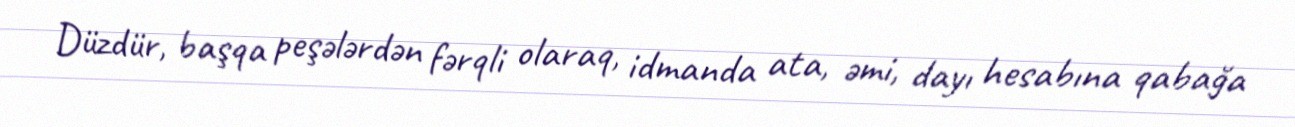
Düzdür, başqa peşələrdən fərqli olaraq, idmanda ata, əmi, dayı hesabına qabağa